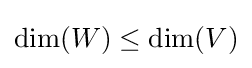
\dim(W)\leq \dim(V)